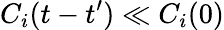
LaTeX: C_{i}(t-t^{\prime})\ll C_{i}(0)